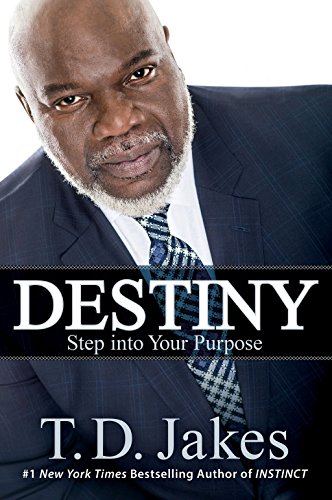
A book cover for Destiny: Step into Your Purpose; T. D. Jakes; Christian Books & Bibles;